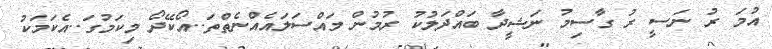
އުމަ ރު ނަސީ ރު ގާސިމު ނަޝީދާ ބައްދަލުކު ރުމުން މައްސަލައެއްނެތްތަ..އޯކޭދޯ މިކަމުގަ..އެކަމަކު